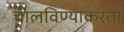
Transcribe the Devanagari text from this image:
चालविण्याकरता